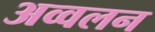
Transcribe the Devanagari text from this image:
अव्वलन